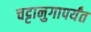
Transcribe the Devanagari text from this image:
चट्टानुगापर्यंत